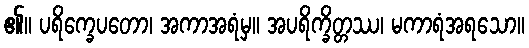
၏။ ပရိက္ခေပတော၊ အကာအရံမှ။ အပရိက္ခိတ္တဿ၊ မကာရံအရသော။